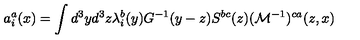
a _ { i } ^ { a } ( x ) = \int d ^ { 3 } y d ^ { 3 } z \lambda _ { i } ^ { b } ( y ) G ^ { - 1 } ( y - z ) S ^ { b c } ( z ) ( { \cal M } ^ { - 1 } ) ^ { c a } ( z , x )